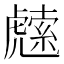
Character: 䖛